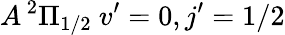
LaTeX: A\, ^{2}\Pi_{1/2}\ v^{\prime}=0,j^{\prime}=1/2